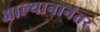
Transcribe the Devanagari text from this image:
आल्यानानंतर